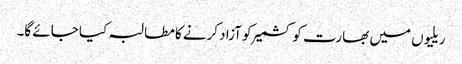
ریلیوں میں بھارت کو کشمیر کو آزاد کرنے کا مطالبہ کیا جائے گا۔